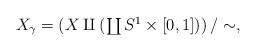
LaTeX: \begin{align*} \textstyle X_\gamma=\left(X\amalg\left(\coprod S^1\times[0,1]\right)\right)/\sim, \end{align*}